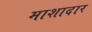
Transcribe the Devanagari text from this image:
माशादार